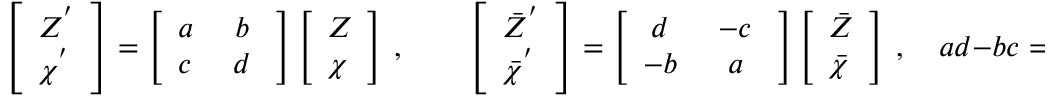
\left[ \begin{array} { l } { { { \cal Z } ^ { ' } } } \\ { { { \cal \chi } ^ { ' } } } \end{array} \right] = \left[ \begin{array} { c c } { { a \ } } & { { b \ } } \\ { { c \ } } & { { d \ } } \end{array} \right] \left[ \begin{array} { l } { { { \cal Z } } } \\ { { { \cal \chi } } } \end{array} \right] \ , \qquad \left[ \begin{array} { l } { { { \bar { \cal Z } } ^ { ' } } } \\ { { { \bar { \cal \chi } } ^ { ' } } } \end{array} \right] = \left[ \begin{array} { c c } { { d \ } } & { { - c \ } } \\ { { - b \ } } & { { a \ } } \end{array} \right] \left[ \begin{array} { l } { { { \bar { \cal Z } } } } \\ { { { \bar { \cal \chi } } } } \end{array} \right] \ , \quad a d - b c = 1 \ ,